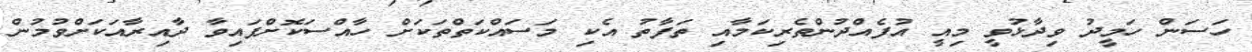
ހަސަން ހަމީދު ވިދާޅުވީ މިއީ އުފެއްދުންތެރިކަމާއި ތަފާތު އެކި މަސައްކަތްތަކަށް ހާއްސަކޮށްފައިވާ ދާއިރާއަކަށްވުމުން